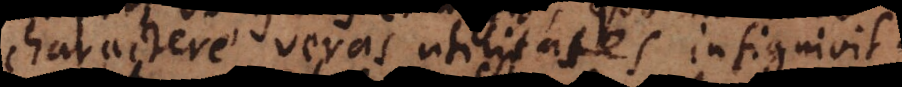
charactere veras utilitates insignivit.